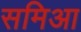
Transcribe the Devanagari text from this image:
समिआ